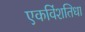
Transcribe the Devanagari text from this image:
एकविंशतिधा